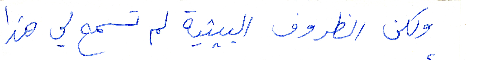
ولكن الظروف البيتية لم تسمح لي هذا